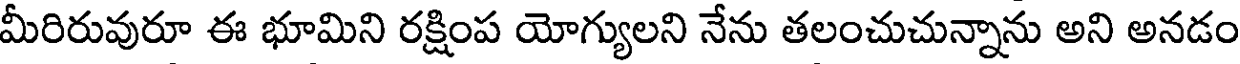
మీరిరువురూ ఈ భూమిని రక్షింప యోగ్యులని నేను తలంచుచున్నాను అని అనడం